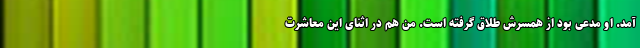
آمد. او مدعی بود از همسرش طلاق گرفته است. من هم در اثنای این معاشرت